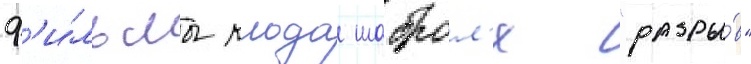
ф'и́льмы клода шаброл'я "разры́в"